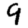
Digit: 9